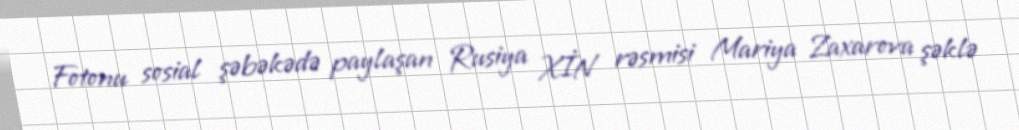
Fotonu sosial şəbəkədə paylaşan Rusiya XİN rəsmisi Mariya Zaxarova şəklə